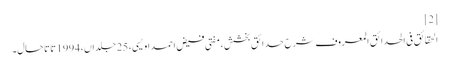
[2]
الحقائق فی الحدائق المعروف شرح حدائق بخشش، مفتی فیض احمد اویسی، 25 جلداں، 1994 تا تاحال۔